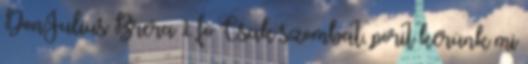
DonJulius Brera 1 fő Csak szombat, pörit kérünk mi